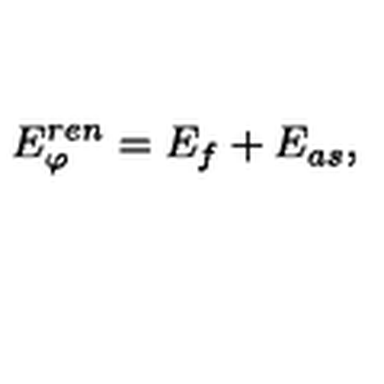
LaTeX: E _ { \varphi } ^ { r e n } = E _ { f } + E _ { a s } ,